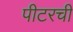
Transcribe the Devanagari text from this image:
पीटरची